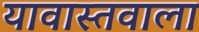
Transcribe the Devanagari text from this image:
यावास्तवाला